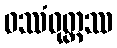
ဝဿံဝုတ္ထဿ